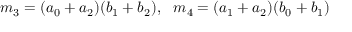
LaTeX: m _ { 3 } = ( a _ { 0 } + a _ { 2 } ) ( b _ { 1 } + b _ { 2 } ) , \ \ m _ { 4 } = ( a _ { 1 } + a _ { 2 } ) ( b _ { 0 } + b _ { 1 } )